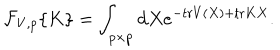
{ \cal F } _ { V , p } \{ K \} = \int _ { p \times p } \mathrm { d } X e ^ { - \mathrm { t r } V ( X ) + \mathrm { t r } K X } .